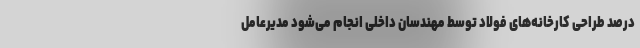
درصد طراحی کارخانه‌های فولاد توسط مهندسان داخلی انجام می‌شود مدیرعامل